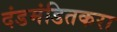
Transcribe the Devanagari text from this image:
दंडमंडितकरा